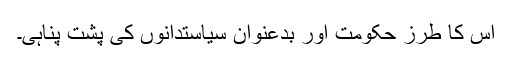
اس کا طرزِ حکومت اور بدعنوان سیاستدانوں کی پشت پناہی۔